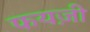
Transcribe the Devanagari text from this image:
फयज़ी